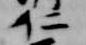
仁